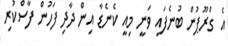
އެ ގްރޫޕުން ބުނެފައި ވަނީ މިއީ ކެނެޑާ އިން ދާދި ފަހުން ފާސްކުރި